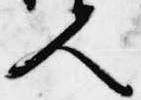
人